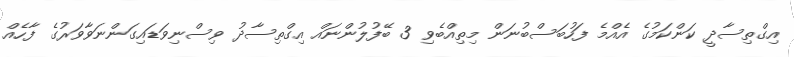
އިގްތިސާދީ ކަންކަމުގެ އެއްމެ ފަހުބަސްބުނަން މިތިއްބެވި 3 ބޭފުލުންނައް އިގްތިސާދު ވިސްނިވަޑައިގަންނަވާވަރުގެ ފާހެއް